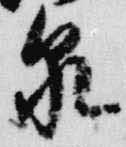
泉